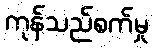
ကုန်သည်စက်မှု